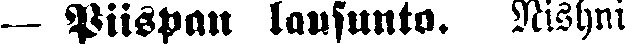
— Piispan lausunto. Nishni